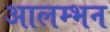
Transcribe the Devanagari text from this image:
आलम्भन